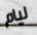
ليام